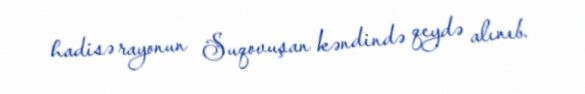
hadisə rayonun Suqovuşan kəndində qeydə alınıb.